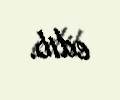
edib.